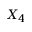
X _ { 4 }